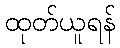
ထုတ်ယူရန်